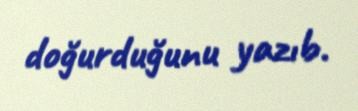
doğurduğunu yazıb.